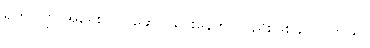
ရိုဟင်ဂျာ အရေး လုပ်ဆောင်ပေးနေတာလည်းဖြစ်နိုင် ပါတယ်။